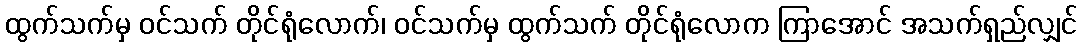
ထွက်သက်မှ ဝင်သက် တိုင်ရုံလောက်၊ ဝင်သက်မှ ထွက်သက် တိုင်ရုံလောက ကြာအောင် အသက်ရှည်လျှင်